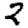
Digit: 2